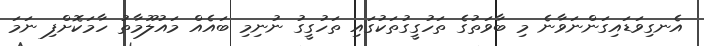
އެނގިވަޑައިގަންނަވާނެ މި ބާވަތުގެ ތަހުގީގުތަކުގައި ތަހުގީގު ނުނިމި ބައެއް މައުލޫމާތު ހާމަކޮށްފި ނަމަ